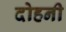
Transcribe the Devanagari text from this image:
दोहनी